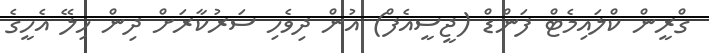
ގްރީން ކްލައިމެޓް ފަންޑް (ޖީސީއެފް) އުން ދިވެހި ސަރުކާރަށް ދިން ހިލޭ އެހީގެ